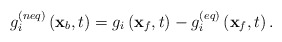
\begin{align*}g_i^{\left( {neq} \right)}\left( {{{\bf{x}}_b},t} \right) = {g_i}\left( {{{\bf{x}}_f},t} \right) - g_i^{\left( {eq} \right)}\left( {{{\bf{x}}_f},t} \right).\end{align*}